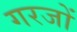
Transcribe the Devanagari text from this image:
गरजों